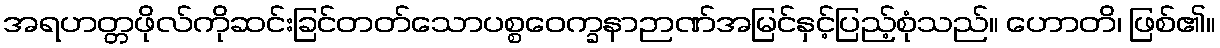
အရဟတ္တဖိုလ်ကိုဆင်းခြင်တတ်သောပစ္စဝေက္ခနာဉာဏ်အမြင်နှင့်ပြည့်စုံသည်။ ဟောတိ၊ ဖြစ်၏။